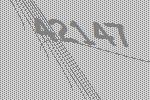
42147